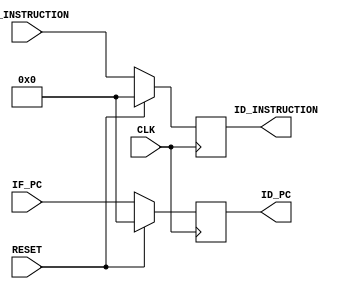
`timescale 1ns/100ps


module IF_ID_pipeline (
    CLK, RESET,
    IF_PC, IF_INSTRUCTION, 
    ID_PC, ID_INSTRUCTION
);

    input CLK, RESET;
    input [31:0] IF_PC, IF_INSTRUCTION;
    output reg [31:0] ID_PC, ID_INSTRUCTION;

    always @ (posedge CLK)
    begin
        if (RESET == 1'b1)
        begin
            ID_PC <= #0.1 32'd0;
            ID_INSTRUCTION <= #0.1 32'd0;
        end
        else
        begin
            ID_PC <= #0.1 IF_PC;
            ID_INSTRUCTION <= #0.1 IF_INSTRUCTION;
        end
    end

endmodule